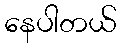
နေပါတယ်